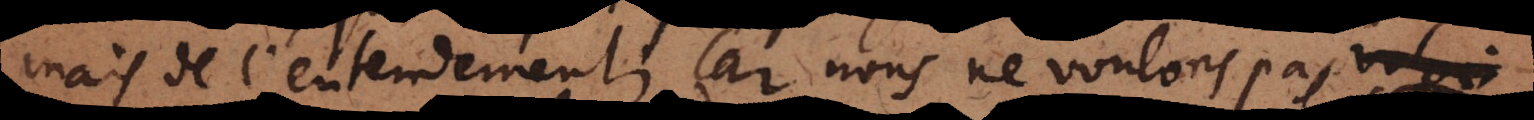
mais de l’entendement; car nous ne voulons pas